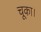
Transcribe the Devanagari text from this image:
चूका।